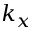
k _ { x }